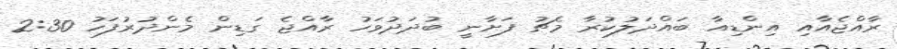
ރާއްޖެއާއި އިންޑިއާ ބައްދަލުކުރާ މެޗު ފަށާނީ ބުދަދުވަހު ރާއްޖެ ގަޑިން މެންދުރުފަހު 2:30